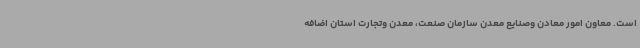
است. معاون امور معادن وصنایع معدن سازمان صنعت، معدن وتجارت استان اضافه